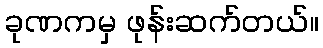
ခုဏကမှ ဖုန်းဆက်တယ်။